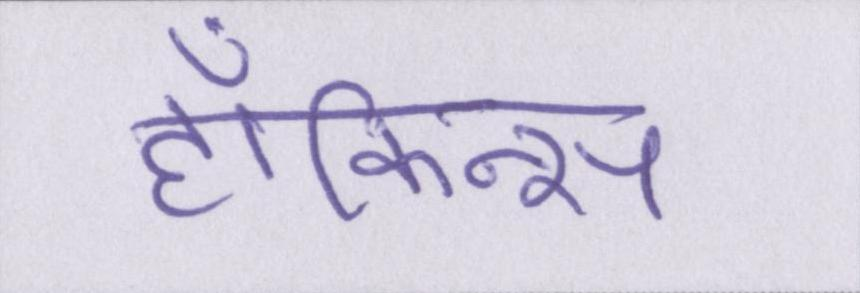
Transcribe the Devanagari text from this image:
हॉकिन्स